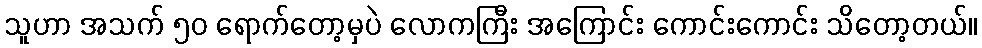
သူဟာ အသက် ၅၀ ရောက်တော့မှပဲ လောကကြီး အကြောင်း ကောင်းကောင်း သိတော့တယ်။